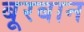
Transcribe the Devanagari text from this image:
बूरबान